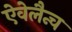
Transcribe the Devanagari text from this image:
ऐवेलैन्च